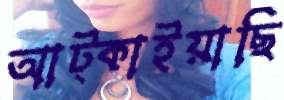
আট্‌কাইয়াছি